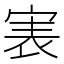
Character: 𡨲